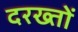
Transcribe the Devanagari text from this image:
दरख्तों